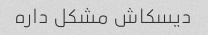
دیسکاش مشکل داره